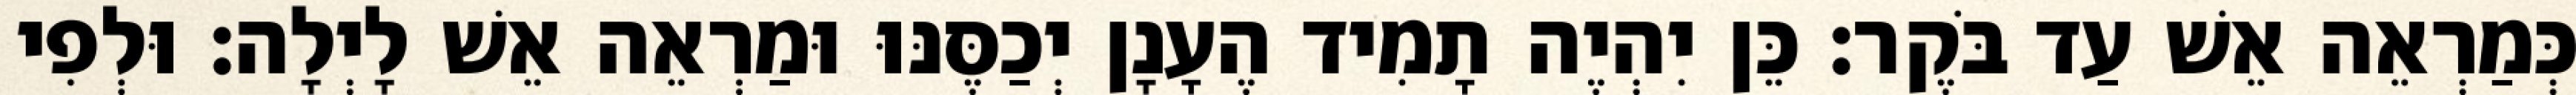
כְּמַרְאֵה אֵשׁ עַד בֹּקֶר׃ כֵּן יִהְיֶה תָמִיד הֶעָנָן יְכַסֶּנּוּ וּמַרְאֵה אֵשׁ לָיְלָה׃ וּלְפִי